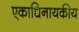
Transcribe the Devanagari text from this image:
एकाधिनायकीय